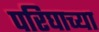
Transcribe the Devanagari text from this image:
परिघाच्या